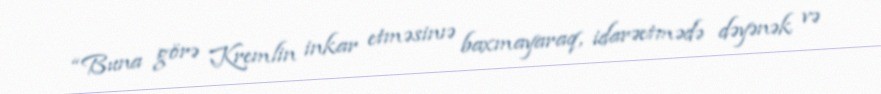
“Buna görə Kremlin inkar etməsinıə baxmayaraq, idarəetmədə dəyənək və